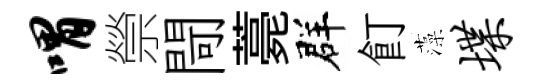
喟禜閜薧群飣藻堞